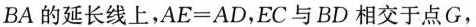
BA的延长线上，$$A E = A D$$，EC与BD相交于点G，